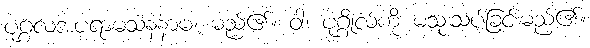
ပုဂ္ဂလအပရာမသနံနာမ၊ မည်၏။ ဝါ၊ ပုဂ္ဂိုလ်ကို မသုံးသပ်ခြင်းမည်၏။